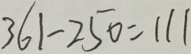
3 6 1 - 2 5 0 = 1 1 1